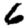
Digit: 6